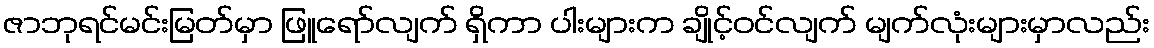
ဇာဘုရင်မင်းမြတ်မှာ ဖြူရော်လျက် ရှိကာ ပါးများက ချိုင့်ဝင်လျက် မျက်လုံးများမှာလည်း